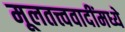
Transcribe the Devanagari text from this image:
मूलतत्त्ववादींमध्ये